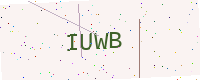
Text: IUWB